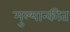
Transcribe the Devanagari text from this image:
मुल्यान्कीत